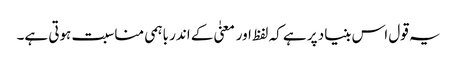
یہ قول اس بنیاد پر ہے کہ لفظ اور معنیٰ کے اندر باہمی مناسبت ہوتی ہے۔